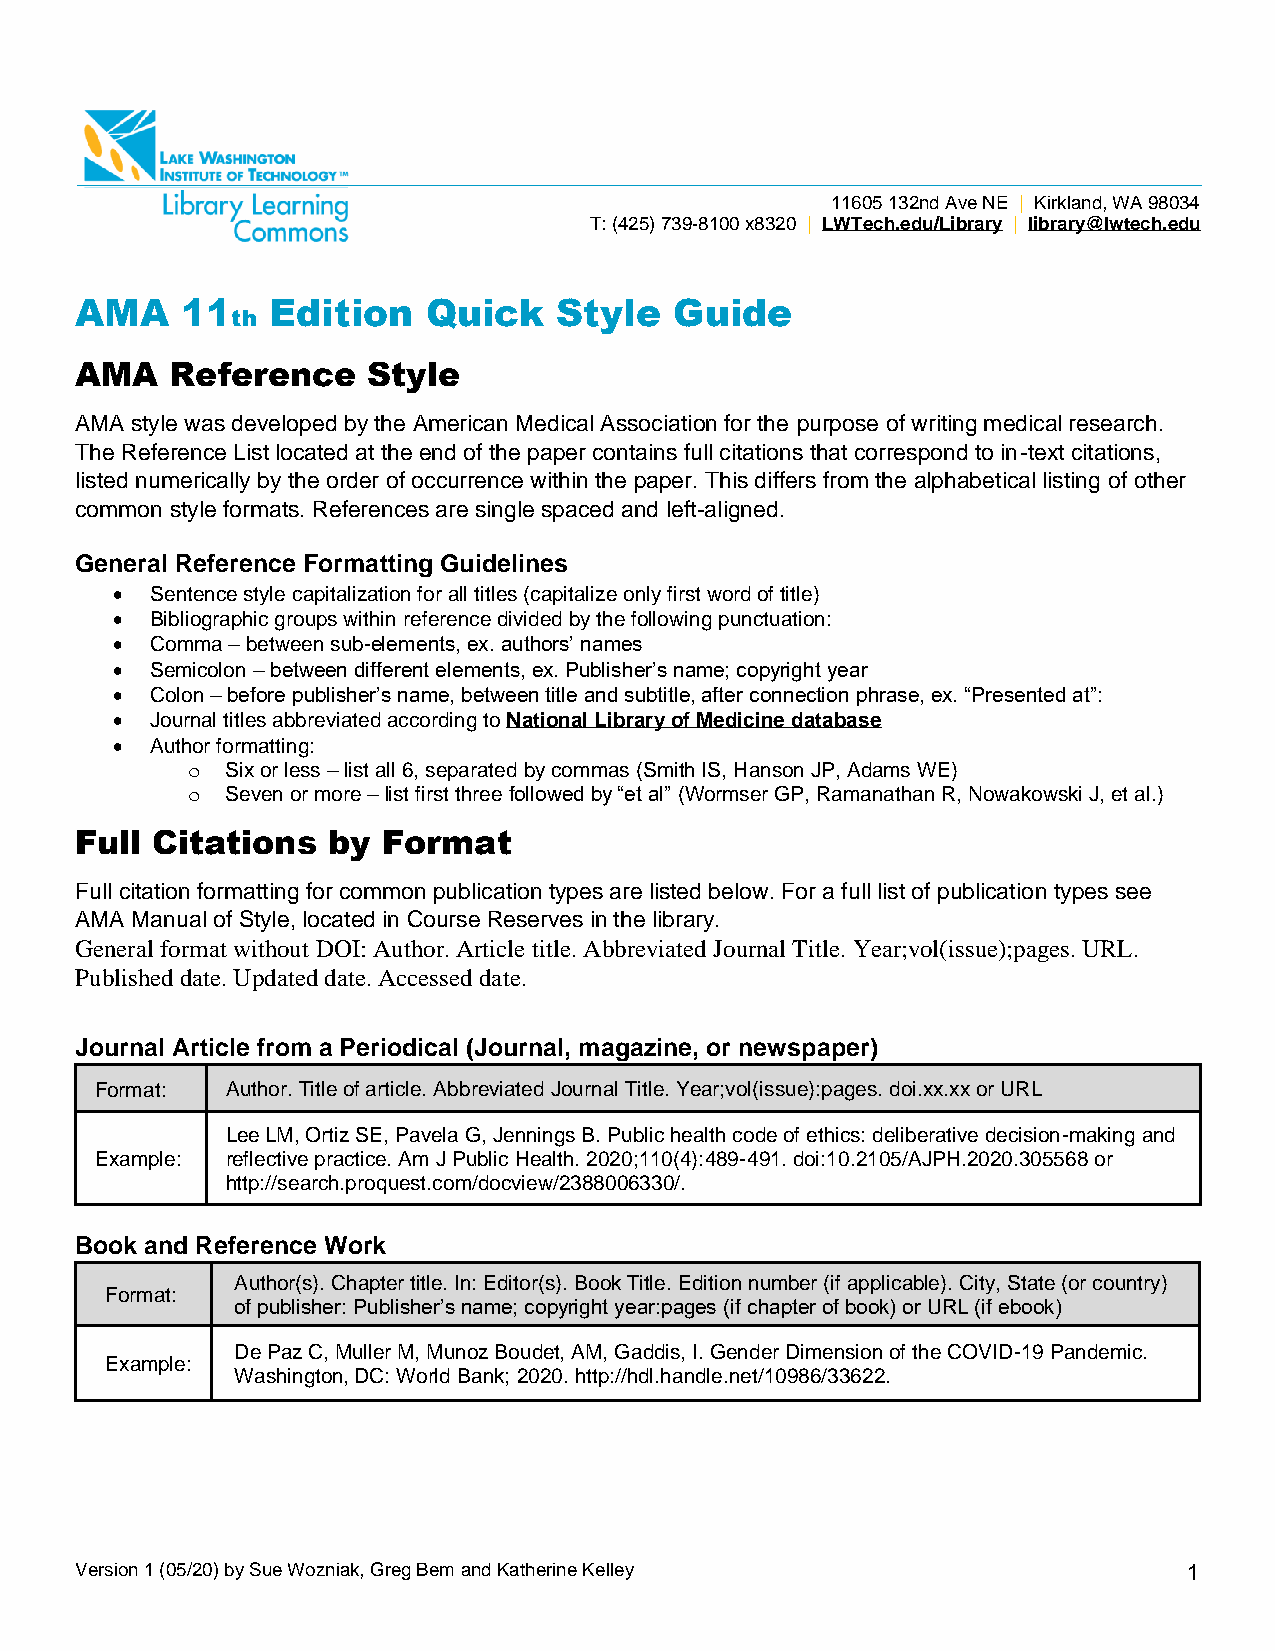
11605 132nd Ave NE | Kirkland, WA 98034
 T: (425) 739-8100 x8320 | LWTech.edu/Library | library@lwtech.edu
 AMA    11    Edition   Quick    Style   Guide
 th
 AMA   Reference    Style
 AMA style was developed by the American Medical Association for the purpose of writing medical research.
 The Reference List located at the end of the paper contains full citations that correspond to in-text citations,
 listed numerically by the order of occurrence within the paper. This differs from the alphabetical listing of other
 common style formats. References are single spaced and left-aligned.
 General Reference Formatting Guidelines
 •  Sentence style capitalization for all titles (capitalize only first word of title)
 •  Bibliographic groups within reference divided by the following punctuation:
 •  Comma – between sub-elements, ex. authors’ names
 •  Semicolon – between different elements, ex. Publisher’s name; copyright year
 •  Colon – before publisher’s name, between title and subtitle, after connection phrase, ex. “Presented at”:
 •  Journal titles abbreviated according to National Library of Medicine database
 •  Author formatting:
 o  Six or less – list all 6, separated by commas (Smith IS, Hanson JP, Adams WE)
 o  Seven or more – list first three followed by “et al” (Wormser GP, Ramanathan R, Nowakowski J, et al.)
 Full Citations   by Format
 Full citation formatting for common publication types are listed below. For a full list of publication types see
 AMA Manual of Style, located in Course Reserves in the library.
 General format without DOI: Author. Article title. Abbreviated Journal Title. Year;vol(issue);pages. URL.
 Published date. Updated date. Accessed date.
 Journal Article from a Periodical (Journal, magazine, or newspaper)
 Format:  Author. Title of article. Abbreviated Journal Title. Year;vol(issue):pages. doi.xx.xx or URL
 Lee LM, Ortiz SE, Pavela G, Jennings B. Public health code of ethics: deliberative decision-making and
 Example: reflective practice. Am J Public Health. 2020;110(4):489-491. doi:10.2105/AJPH.2020.305568 or
 http://search.proquest.com/docview/2388006330/.
 Book and Reference Work
 Author(s). Chapter title. In: Editor(s). Book Title. Edition number (if applicable). City, State (or country)
 Format:
 of publisher: Publisher’s name; copyright year:pages (if chapter of book) or URL (if ebook)
 De Paz C, Muller M, Munoz Boudet, AM, Gaddis, I. Gender Dimension of the COVID-19 Pandemic.
 Example:
 Washington, DC: World Bank; 2020. http://hdl.handle.net/10986/33622.
 Version 1 (05/20) by Sue Wozniak, Greg Bem and Katherine Kelley           1